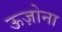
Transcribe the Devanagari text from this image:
ऊज़ोना